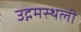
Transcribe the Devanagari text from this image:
उद्गमस्थली